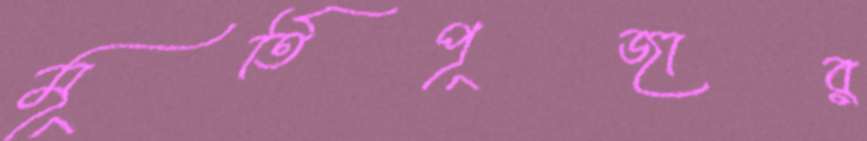
মূর্তিপূজার